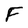
Character: F